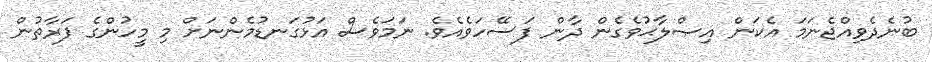
ބުނެދެވިއްޖެނަމަ އެކަން އިޞްލާޙުވެގެން ދާން ފަސޭހަވެއެވެ. ނަމަވެސް އަޅުގަނޑުމެންނަށް މި މީހުންގެ ފަރާތުން